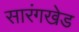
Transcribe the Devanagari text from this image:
सारंगखेड